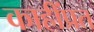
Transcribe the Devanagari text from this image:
काहींप्रत